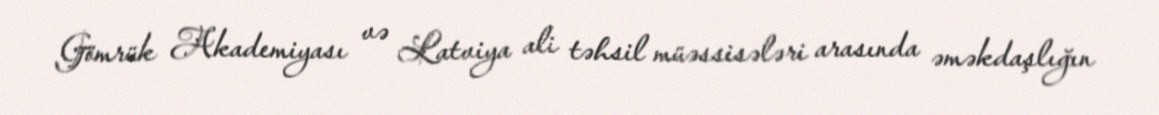
Gömrük Akademiyası və Latviya ali təhsil müəssisələri arasında əməkdaşlığın